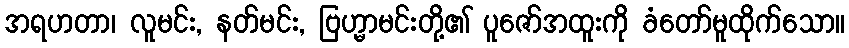
အရဟတာ၊ လူမင်း, နတ်မင်း, ဗြဟ္မာမင်းတို့၏ ပူဇော်အထူးကို ခံတော်မူထိုက်သော။